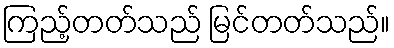
ကြည့်တတ်သည် မြင်တတ်သည်။